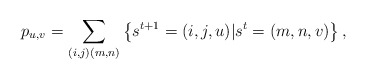
\begin{align*}p_{u,v} = \sum_{(i,j)(m,n)} \left\{s^{t+1} = (i, j, u) | s^{t} = (m, n, v) \right\},\end{align*}